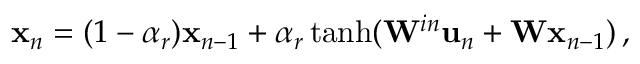
\begin{array} { r } { { \bf x } _ { n } = ( 1 - \alpha _ { r } ) { \bf x } _ { n - 1 } + \alpha _ { r } \operatorname { t a n h } ( { \bf W } ^ { i n } { \bf u } _ { n } + { \bf W } { \bf x } _ { n - 1 } ) \, , } \end{array}